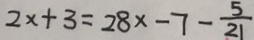
2 x + 3 = 2 8 x - 7 - \frac { 5 } { 2 1 }